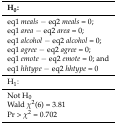
<table><thead><tr><td><b>H<sub>0</sub>:</b></td></tr></thead><tbody><tr><td>eq1 <i>meals</i> − eq2 <i>meals</i> = 0;</td></tr><tr><td>eq1 <i>area</i> − eq2 <i>area</i> = 0;</td></tr><tr><td>eq1 <i>alcohol</i> − eq2 <i>alcohol</i> = 0;</td></tr><tr><td>eq1 <i>agree</i> − eq2 <i>agree</i> = 0;</td></tr><tr><td>eq1 <i>emote</i> − eq2 <i>emote</i> = 0; and</td></tr><tr><td>eq1 <i>hhtype</i> − eq2 <i>hhtype</i> = 0</td></tr><tr><td>H<sub>1</sub>:</td></tr><tr><td>Not H<sub>0</sub></td></tr><tr><td>Wald <i>χ</i><sup>2</sup>(6) = 3.81</td></tr><tr><td>Pr &gt; <i>χ</i><sup>2</sup> = 0.702</td></tr></tbody></table>